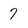
Character: 7